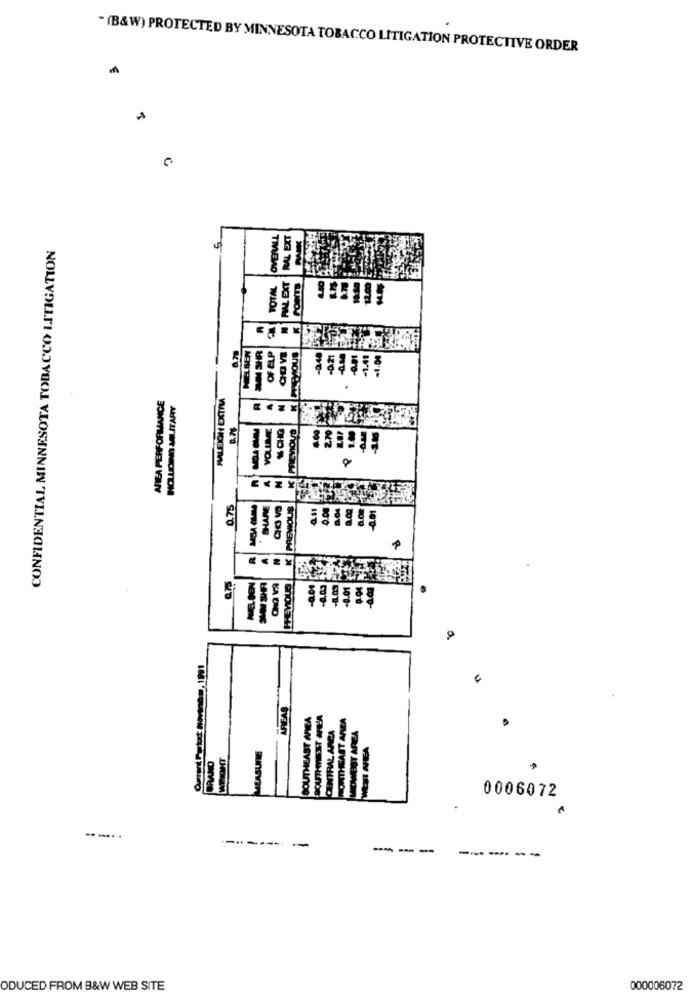
" (B&W) PROTECTED BY MINNESOTA TOBACCO LITIGATION PROTECTIVE ORDER
A
OVERALL
CONFIDENTIAL MINNESOTA TOBACCO LITIGATION
FMAL EXT
OF CLP
AREA PERFORMANCE
W CHG
AUVINIT ONCETOM
0.75
PREVIOUS
CO'D
REAS
0006072
-.-.. .
-------.
-
---
--- --
ODUCED FROM B&W WEB SITE
000006072